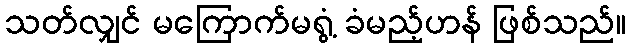
သတ်လျှင် မကြောက်မရွံ့ ခံမည့်ဟန် ဖြစ်သည်။